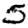
Digit: 5